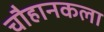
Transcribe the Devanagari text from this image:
चौहानकला